Report on vaccination North-West Frontier Province 1904-1922 - 1904-1922
Year: 1904
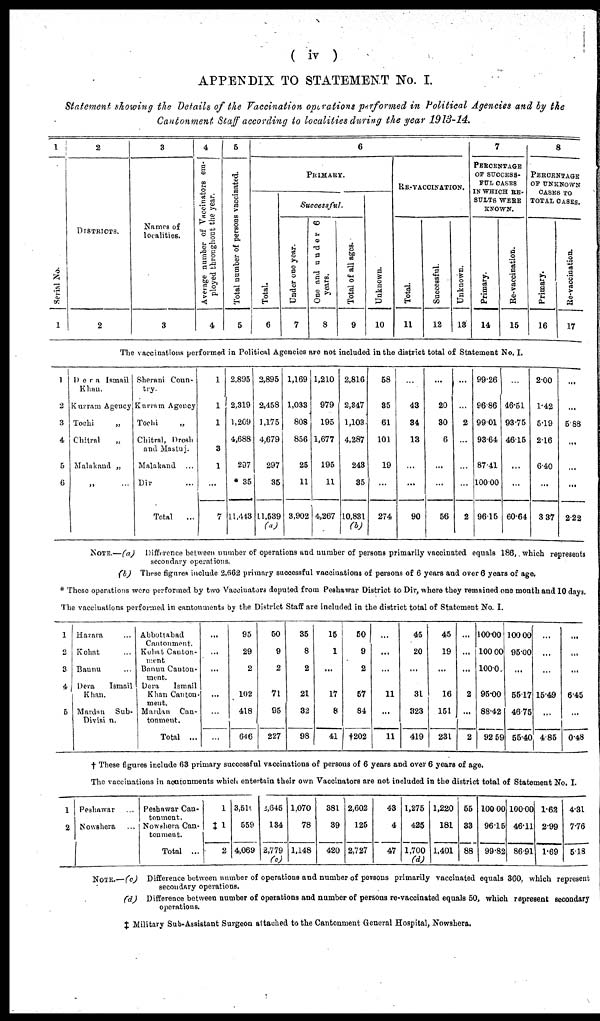
( iv )
APPENDIX TO STATEMENT No. I.
Statement showing the Details of the Vaccination operations performed in Political Agencies and by the
Cantonment Staff according to localities during the year 1913-14.
1
Serial No.
1
2
DISTRICTS.
2
3
Names of
localities.
3
4
Average number of Vaccinators em-
ployed throughout the year.
4
5
Total number of persons vaccinated.
5
6
PRIMARY.
Total.
6
Successful.
Under one year.
7
One and under 6
years.
8
Total of all ages.
9
Unknown.
10
RE-VACCINATION.
Total.
11
Successful.
12
Unknown.
13
7
PERCENTAGE
OF SUCCESS¬
FUL CASES
IN WHICH RE¬
SULTS WERE
KNOWN.
Primary.
14
Re-vaccination.
15
8
PERCENTAGE
OF UNKNOWN
CASES TO
TOTAL CASES.
Primary.
16
Re-vaccination.
17
The vaccinations performed in Political Agencies are not included in the district total of Statement No. I.
1
2
3
4
5
6
Dera
Ismail
Khan.
Kurram Agency
Tochi „
Chitral „
Malakand „
„ ...
Sherani Coun-
try.
Kurram Agency
Tochi „
Chitral, Drosh
and Mastuj.
Malakand ...
Dir ...
Total ...
1
1
1
3
1
...
7
2,895
2,319
1,209
4,688
297
*35
11,443
2,895
2,458
1,175
4,679
297
35
11,539
(a)
1,169
1,033
808
856
25
11
3,902
1,210
979
195
1,677
195
11
4,267
2,816
2,847
1,103
4,287
243
35
10,831
(b)
58
35
61
101
19
...
274
...
43
34
13
...
...
90
...
20
30
6
...
...
56
...
...
2
...
...
...
2
99.26
96.86
99.01
93.64
87.41
100.00
96.15
...
46.51
93.75
46.15
...
...
60.64
2.00
1.42
5.19
2.16
6.40
...
3.37
...
...
5.88
...
...
...
2.22
NOTE.—(a)
Difference between number of operations and number of persons primarily vaccinated equals 186, which represents
secondary operations.
(b) These figures include 2,662 primary successful vaccinations of persons of 6 years and over 6 years of age.
* These operations were performed by two Vaccinators deputed from Peshawar District to Dir, where they remained one month and 10 days.
The vaccinations performed in cantonments by the District Staff are included in the district total of Statement No. I.
1
2
3
4
5
Hazara ...
Kohat ...
Bannu ...
Dera
Ismail
Khan.
Mardan
Sub¬
Division.
Abbottabad
Cantonment.
Kohat Canton¬
ment.
Bannu Canton¬
ment.
Dera
Ismail
Khan Canton¬
ment.
Mardan Can¬
tonment.
Total ...
...
...
...
...
...
...
95
29
2
102
418
646
50
9
2
71
95
227
35
8
2
21
32
98
15
1
...
17
8
41
50
9
2
57
84
†202
...
...
...
11
...
11
45
20
...
31
323
419
45
19
...
16
151
231
...
...
...
2
...
2
100.00
100.00
100.0
95.00
88.42
92.59
100.00
95.00
...
55.11
46.75
55.40
...
...
...
15.49
...
4.85
...
...
...
6.45
...
0.48
† These figures include 63 primary successful vaccinations of persons of 6 years and over 6 years of age.
The vaccinations in cantonments which entertain their own Vaccinators are not included in the district total of Statement No. I.
1
2
Peshawar ...
Nowshera ...
Peshawar Can¬
tonment.
Nowshera Can¬
tonment.
Total ...
1
‡1
2
3,515
559
4,069
2,645
134
2,779
(c)
1,070
78
1,148
381
39
420
2,602
125
2,727
43
4
47
1,275
425
1,700
(d)
1,220
181
1,401
55
33
88
100.04
96.15
99.82
100.00
46.11
86.91
1.62
2.99
1.69
4.31
7.76
5.18
NOTE.— (c) Difference between number of operations and number of persons primarily vaccinated equals 360, which represent
secondary operations.
(d)
Difference between number of operations and number of persons re-vaccinated equals 50, which represent secondary
operations.
‡ Military Sub-Assistant Surgeon attached to the Cantonment General Hospital, Nowshera.